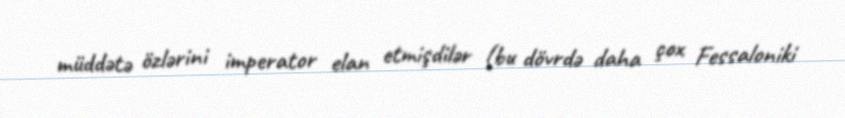
müddətə özlərini imperator elan etmişdilər (bu dövrdə daha çox Fessaloniki